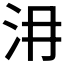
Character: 𣲕